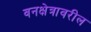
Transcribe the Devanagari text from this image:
वनक्षेत्रावरील